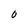
Character: 0